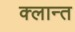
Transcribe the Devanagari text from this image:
क्लान्त